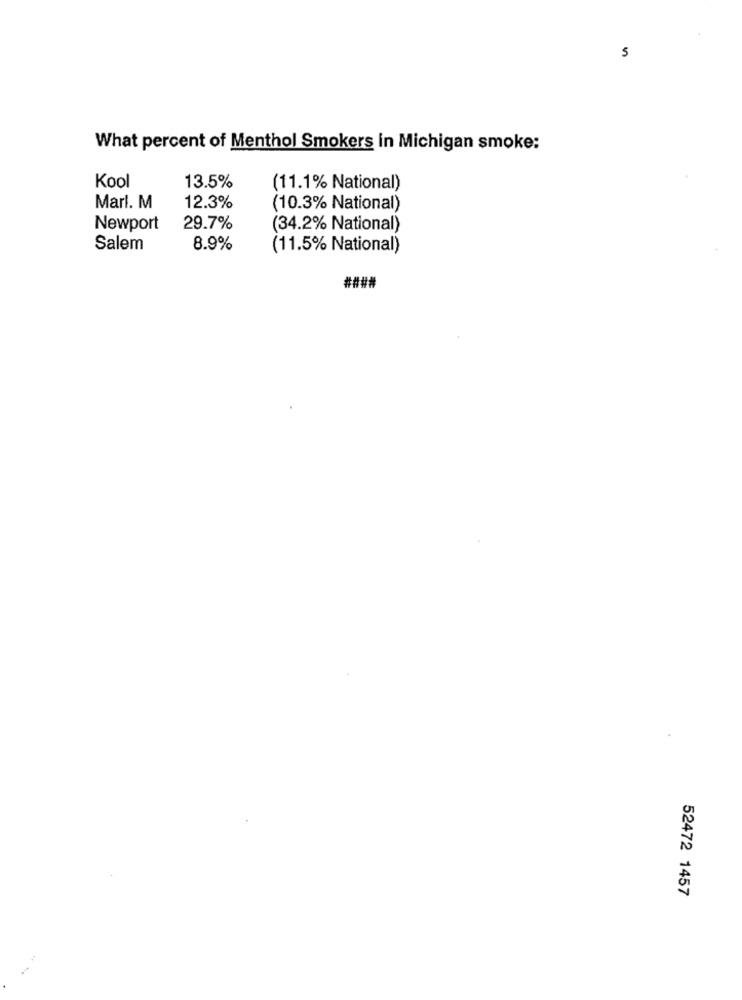
5
What percent of Menthol Smokers in Michigan smoke:
Kool
13.5%
(11.1% National)
Marl. M
12.3%
(10.3% National)
Newport
29.7%
(34.2% National)
Salem
8.9%
(11.5% National)
####
52472 1457